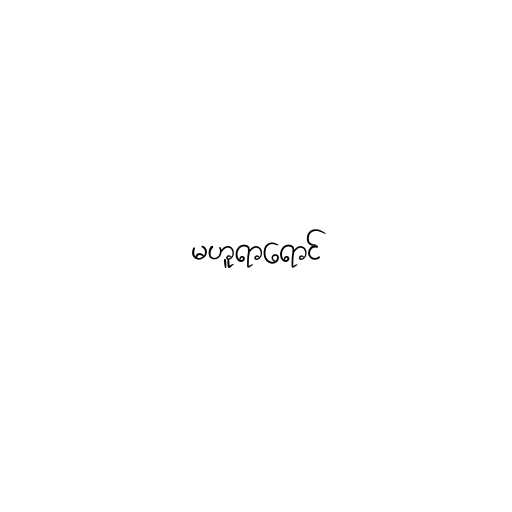
မဟူရာရောင်